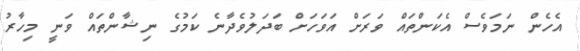
އެހެން ނަމަވެސް އެކަންތައް ވަރަށް އަވަހަށް ބަދަލުވެދާނެ ކަމުގެ ނިޝާންތައް ވަނީ މިހާރު